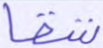
شقا